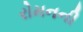
રોમનની